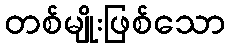
တစ်မျိုးဖြစ်သော